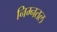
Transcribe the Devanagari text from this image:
निम्नतल